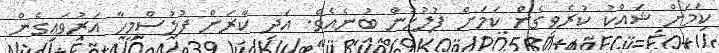
ކަމަށް ޝައްކު ކުރެވިގެން ކަމަށް ފުލުހުން ބުނެއެވެ. އަދި ކާރަށް ފުލުސްމީހާ އަރުވައިގެން